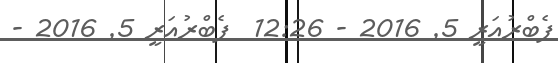
ފެބްރުއަރީ 5